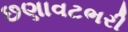
છણાવટભરી